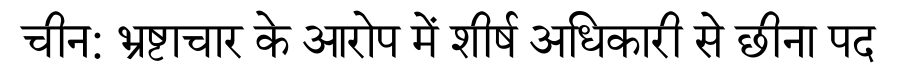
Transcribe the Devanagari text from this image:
चीन: भ्रष्टाचार के आरोप में शीर्ष अधिकारी से छीना पद